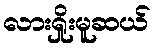
လားရှိုးမူဆယ်